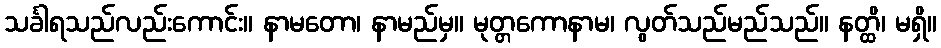
သင်္ခါရသည်လည်းကောင်း။ နာမတော၊ နာမည်မှ။ မုတ္တကောနာမ၊ လွတ်သည်မည်သည်။ နတ္ထိ၊ မရှိ။